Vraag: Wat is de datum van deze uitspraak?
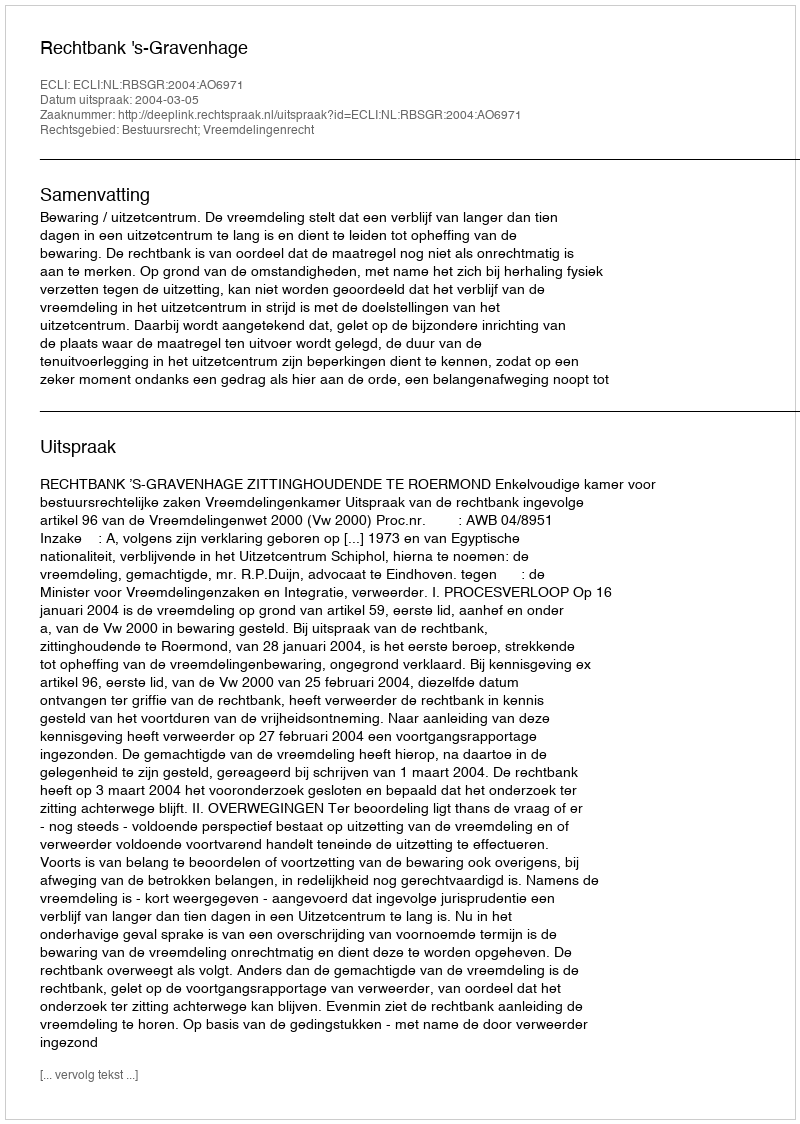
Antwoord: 2004-03-05